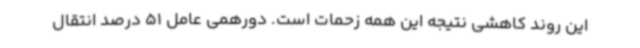
این روند کاهشی نتیجه این همه زحمات است. دورهمی عامل 51 درصد انتقال